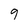
Character: 9